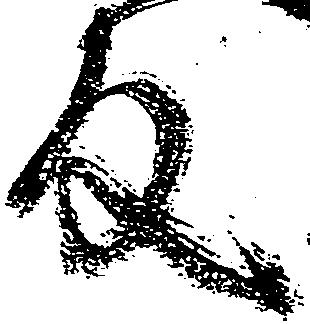
反